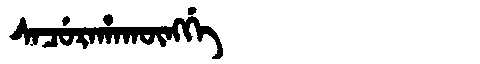
Manchu: ᠰᠠᠴᡠᡵᠠᡥᠠᡴᡡᠩᡤᡝ
Romanization: SACURAHAKŪNGGE